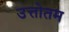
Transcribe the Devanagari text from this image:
उत्तोतम